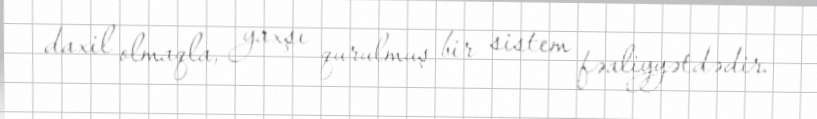
daxil olmaqla, yaxşı qurulmuş bir sistem fəaliyyətdədir.